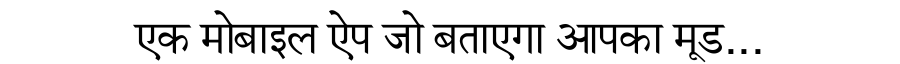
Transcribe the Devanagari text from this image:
एक मोबाइल ऐप जो बताएगा आपका मूड...